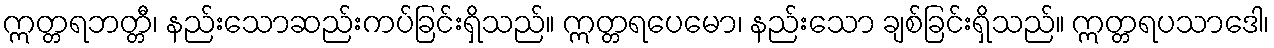
ဣတ္တရဘတ္တီ၊ နည်းသောဆည်းကပ်ခြင်းရှိသည်။ ဣတ္တရပေမော၊ နည်းသော ချစ်ခြင်းရှိသည်။ ဣတ္တရပသာဒေါ၊